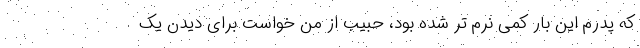
که پدرم این بار کمی نرم تر شده بود، حبیب از من خواست برای دیدن یک